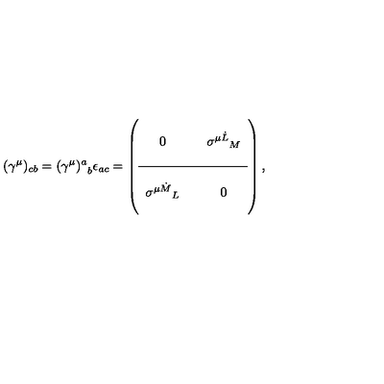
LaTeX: ( { \gamma ^ { \mu } } ) _ { c b } = { ( \gamma ^ { \mu } ) ^ { a } } _ { b } \epsilon _ { a c } = \left( \begin{array} { c c c } { } & { \vline } & { } \\ { 0 } & { \vline } & { { \sigma ^ { \mu { \dot { L } } } } _ { M } } \\ { } & { \vline } & { } \\ \hline { } & { \vline } & { } \\ { { \sigma ^ { \mu \dot { M } } } _ { L } } & { \vline } & { 0 } \\ { } & { \vline } & { } \\ \end{array} \right) ,